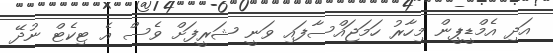
އަދި އެމްޑީޕީން މިހާރު ހަމަޖައްސާފައި ވަނީ ޝަރީފަށް ވެސް އެ ޓިކެޓް ނުދޭ